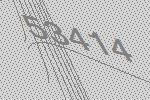
53414